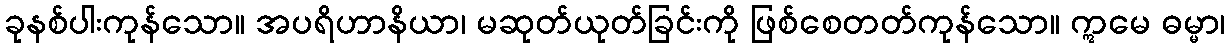
ခုနစ်ပါးကုန်သော။ အပရိဟာနိယာ၊ မဆုတ်ယုတ်ခြင်းကို ဖြစ်စေတတ်ကုန်သော။ ဣမေ ဓမ္မာ၊